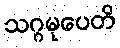
သဂ္ဂမုပေတိ